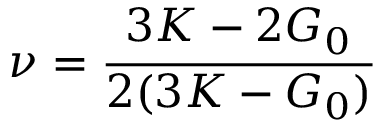
\nu = \cfrac { 3 K - 2 G _ { 0 } } { 2 ( 3 K - G _ { 0 } ) }